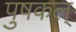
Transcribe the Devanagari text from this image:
पुषकल्